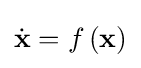
{\dot {\mathbf {x} }}=f\left(\mathbf {x} \right)